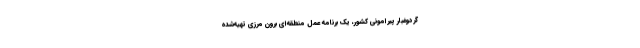
گردوغبار پیرامونی کشور، یک برنامه عمل منطقه‌ای برون مرزی تهیه‌شده